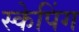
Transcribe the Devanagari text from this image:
स्केपिंग